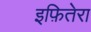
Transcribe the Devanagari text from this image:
इफ़ितेरा